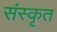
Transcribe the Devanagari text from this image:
संस्‍कृत